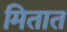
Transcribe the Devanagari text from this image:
मितात